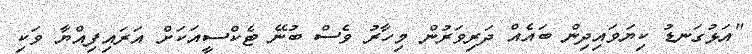
"އަޅުގަނޑު ކިޔަވައިދިން ބައެއް ދަރިވަރުން މިހާރު ވެސް ބުނޭ ޓެކްސީއަކަށް އަރައިފިއްޔާ ވަކި